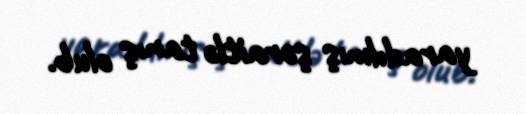
yaradılmış şəraitlə tanış olub.